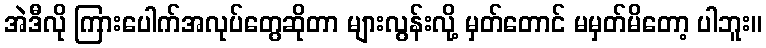
အဲဒီလို ကြားပေါက်အလုပ်တွေဆိုတာ များလွန်းလို့ မှတ်တောင် မမှတ်မိတော့ ပါဘူး။